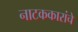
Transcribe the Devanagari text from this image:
नाटककारांचे